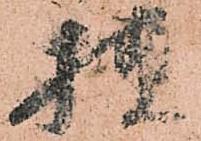
様